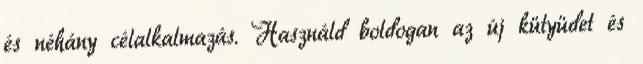
és néhány célalkalmazás. Használd boldogan az új kütyüdet és